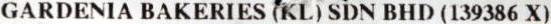
GARDENIA BAKERIES (KL) SDN BHD (139386 X)